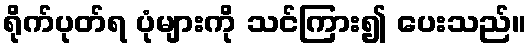
ရိုက်ပုတ်ရ ပုံများကို သင်ကြား၍ ပေးသည်။